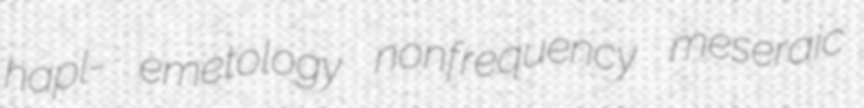
hapl- emetology nonfrequency meseraic